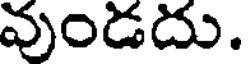
వుండదు.